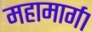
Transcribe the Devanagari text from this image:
महामार्ग१